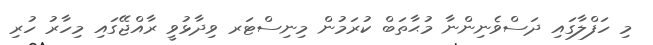
މި ހަފްލާގައި ދަސްވެނިންނާ މުޙާތަބް ކުރަމުން މިނިސްޓަރ ވިދާޅުވީ ރާއްޖޭގައި މިހާރު ހުރި